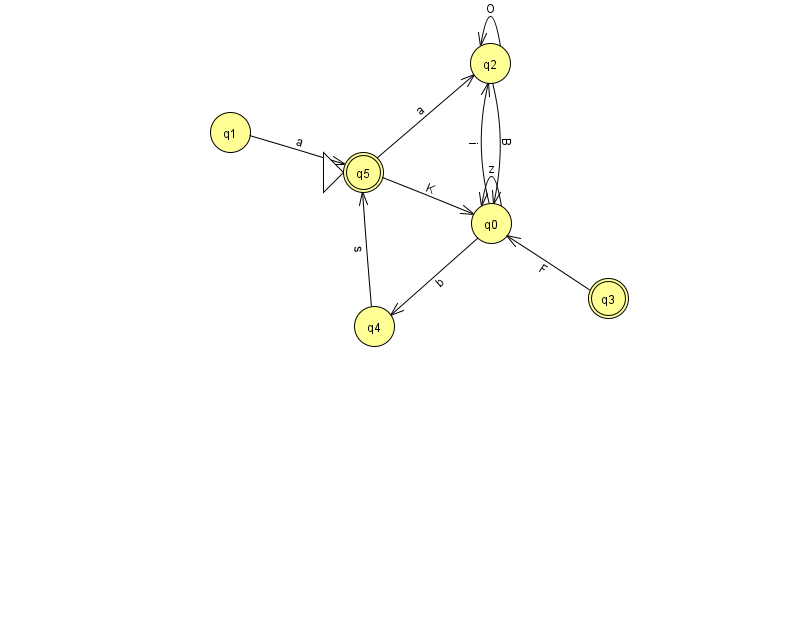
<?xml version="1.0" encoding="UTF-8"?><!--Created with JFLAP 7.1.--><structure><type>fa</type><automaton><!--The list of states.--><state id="0" name="q0"><x>491.0</x><y>210.0</y></state><state id="1" name="q1"><x>230.0</x><y>119.0</y></state><state id="2" name="q2"><x>490.0</x><y>50.0</y></state><state id="3" name="q3"><x>608.0</x><y>285.0</y><final/></state><state id="4" name="q4"><x>374.0</x><y>313.0</y></state><state id="5" name="q5"><x>363.0</x><y>159.0</y><initial/><final/></state><!--The list of transitions.--><transition><from>0</from><to>4</to><read>b</read></transition><transition><from>1</from><to>5</to><read>a</read></transition><transition><from>0</from><to>2</to><read>i</read></transition><transition><from>3</from><to>0</to><read>F</read></transition><transition><from>5</from><to>0</to><read>K</read></transition><transition><from>5</from><to>2</to><read>a</read></transition><transition><from>2</from><to>0</to><read>B</read></transition><transition><from>0</from><to>0</to><read>z</read></transition><transition><from>4</from><to>5</to><read>s</read></transition><transition><from>2</from><to>2</to><read>O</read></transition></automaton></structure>